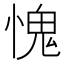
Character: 愧